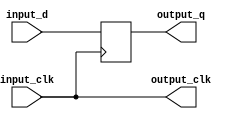
module ssio_sdr_in #
(
    // target ("SIM", "GENERIC", "XILINX", "ALTERA")
    parameter TARGET = "GENERIC",
    // Clock input style ("BUFG", "BUFR", "BUFIO", "BUFIO2")
    // Use BUFR for Virtex-5, Virtex-6, 7-series
    // Use BUFG for Ultrascale
    // Use BUFIO2 for Spartan-6
    parameter CLOCK_INPUT_STYLE = "BUFIO2",
    // Width of register in bits
    parameter WIDTH = 1
)
(
    input  wire             input_clk,

    input  wire [WIDTH-1:0] input_d,

    output wire             output_clk,

    output wire [WIDTH-1:0] output_q
);

wire clk_int;
wire clk_io;

generate

if (TARGET == "XILINX") begin

    // use Xilinx clocking primitives

    if (CLOCK_INPUT_STYLE == "BUFG") begin

        // buffer RX clock
        BUFG
        clk_bufg (
            .I(input_clk),
            .O(clk_int)
        );

        // pass through RX clock to logic and input buffers
        assign clk_io = clk_int;
        assign output_clk = clk_int;

    end else if (CLOCK_INPUT_STYLE == "BUFR") begin

        assign clk_int = input_clk;

        // pass through RX clock to input buffers
        BUFIO
        clk_bufio (
            .I(clk_int),
            .O(clk_io)
        );

        // pass through RX clock to logic
        BUFR #(
            .BUFR_DIVIDE("BYPASS")
        )
        clk_bufr (
            .I(clk_int),
            .O(output_clk),
            .CE(1'b1),
            .CLR(1'b0)
        );
        
    end else if (CLOCK_INPUT_STYLE == "BUFIO") begin

        assign clk_int = input_clk;

        // pass through RX clock to input buffers
        BUFIO
        clk_bufio (
            .I(clk_int),
            .O(clk_io)
        );

        // pass through RX clock to MAC
        BUFG
        clk_bufg (
            .I(clk_int),
            .O(output_clk)
        );

    end else if (CLOCK_INPUT_STYLE == "BUFIO2") begin

        // pass through RX clock to input buffers
        BUFIO2 #(
            .DIVIDE(1),
            .DIVIDE_BYPASS("TRUE"),
            .I_INVERT("FALSE"),
            .USE_DOUBLER("FALSE")
        )
        clk_bufio (
            .I(input_clk),
            .DIVCLK(clk_int),
            .IOCLK(clk_io),
            .SERDESSTROBE()
        );

        // pass through RX clock to MAC
        BUFG
        clk_bufg (
            .I(clk_int),
            .O(output_clk)
        );

    end

end else begin

    // pass through RX clock to input buffers
    assign clk_io = input_clk;

    // pass through RX clock to logic
    assign clk_int = input_clk;
    assign output_clk = clk_int;

end

endgenerate

(* IOB = "TRUE" *)
reg [WIDTH-1:0] output_q_reg = {WIDTH{1'b0}};

assign output_q = output_q_reg;

always @(posedge clk_io) begin
    output_q_reg <= input_d;
end

endmodule